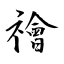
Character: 禬